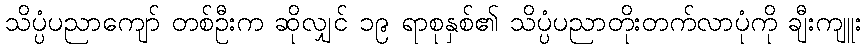
သိပ္ပံပညာကျော် တစ်ဦးက ဆိုလျှင် ၁၉ ရာစုနှစ်၏ သိပ္ပံပညာတိုးတက်လာပုံကို ချီးကျူး